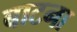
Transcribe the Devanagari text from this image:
बाटना